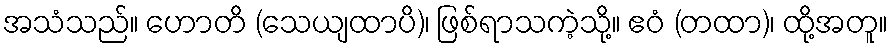
အသံသည်။ ဟောတိ (သေယျထာပိ)၊ ဖြစ်ရာသကဲ့သို့။ ဧဝံ (တထာ)၊ ထို့အတူ။